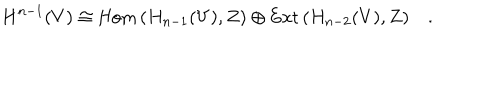
LaTeX: H ^ { n - 1 } ( V ) \cong \mathrm { H o m } \, ( H _ { n - 1 } ( V ) , Z ) \oplus \mathrm { E x t } \, ( H _ { n - 2 } ( V ) , Z ) \quad .